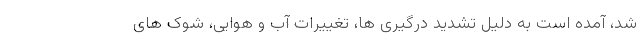
شد، آمده است به دلیل تشدید درگیری ها، تغییرات آب و هوایی، شوک های